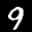
Label: 9